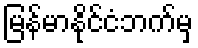
မြန်မာနိုင်ငံဘက်မှ